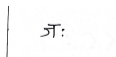
मजकूर: जः